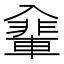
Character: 𠓽